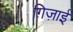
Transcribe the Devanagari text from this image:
ग़िज़ाई